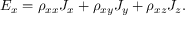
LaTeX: E _ { x } = \rho _ { x x } J _ { x } + \rho _ { x y } J _ { y } + \rho _ { x z } J _ { z } .